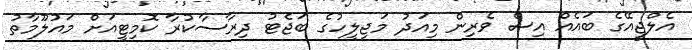
އެލްޖީއޭގެ ބައެއް އިސް ވެރިން މިއަދު މަޖިލީހުގެ ބަޖެޓު ދިރާސާކުރާ ކޮމިޓީއަށް މައުލޫމާތު